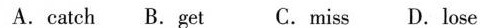
A.catch B.Get C.miss D.lose